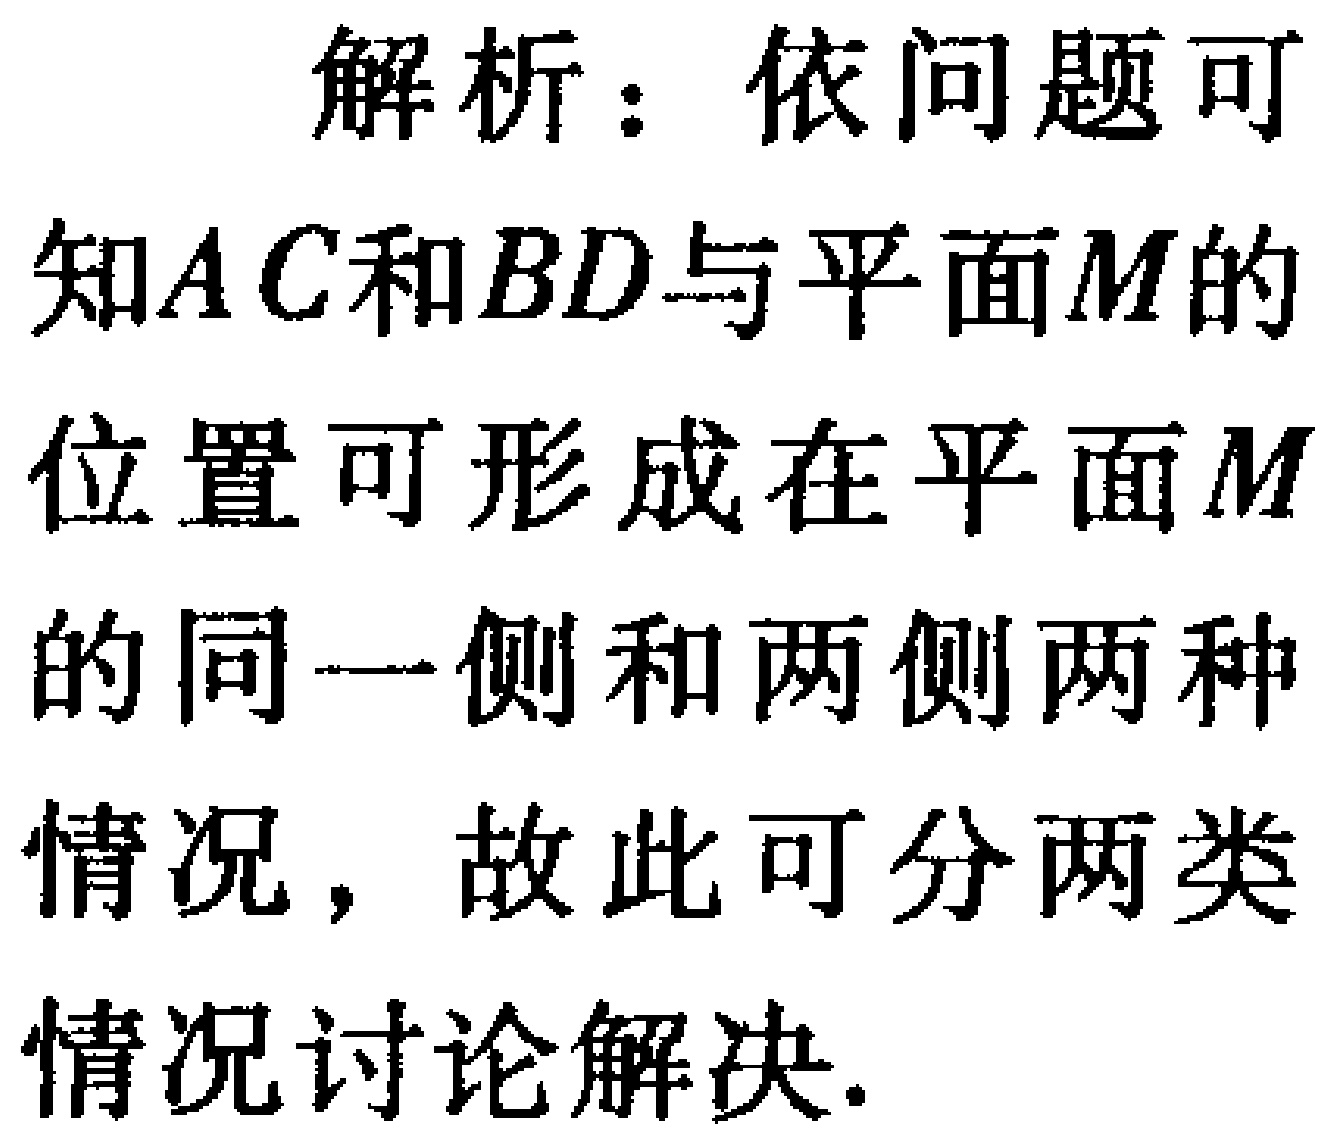
解析：依问题可

知\(AC\)和\(BD\)与平面\(M\)的

位置可形成在平面\(M\)

的同一侧和两侧两种

情况，故此可分两类

情况讨论解决.